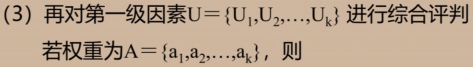
(3) 再对第一级因素$U = \{U_1,U_2,\ldots,U_k\}$进行综合评判
若权重为$A = \{a_1,a_2,\ldots,a_k\}$，则